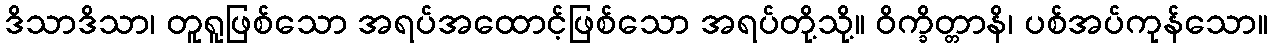
ဒိသာဒိသာ၊ တူရူဖြစ်သော အရပ်အထောင့်ဖြစ်သော အရပ်တို့သို့။ ဝိက္ခိတ္တာနိ၊ ပစ်အပ်ကုန်သော။